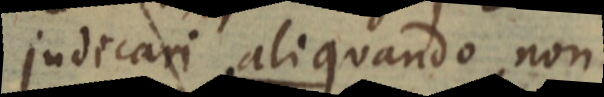
judicari aliquando non